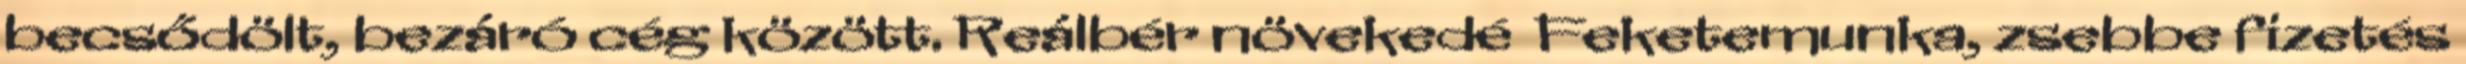
becsődölt, bezáró cég között. Reálbér növekedé Feketemunka, zsebbe fizetés